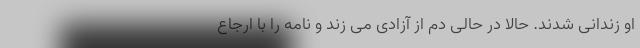
او زندانی شدند. حالا در حالی دم از آزادی می زند و نامه را با ارجاع